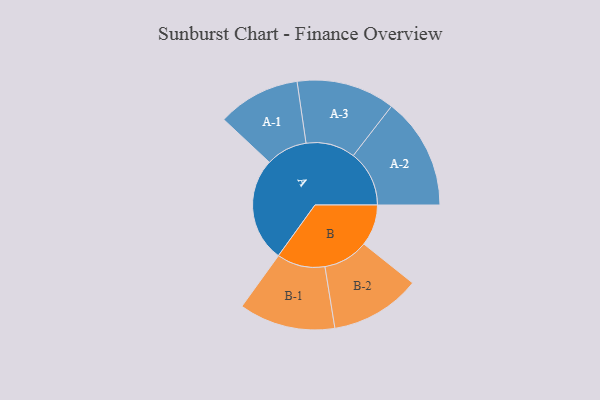
{"axis": {"x": "Segment", "y": "Value"}, "legend": ["", "A", "B"], "data": [{"x": "A", "y": 484, "type": ""}, {"x": "B", "y": 192, "type": ""}, {"x": "A-1", "y": 192, "type": "A"}, {"x": "A-2", "y": 260, "type": "A"}, {"x": "A-3", "y": 229, "type": "A"}, {"x": "B-1", "y": 224, "type": "B"}, {"x": "B-2", "y": 210, "type": "B"}]}